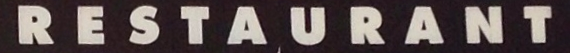
RESTAURANT